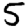
Digit: 5